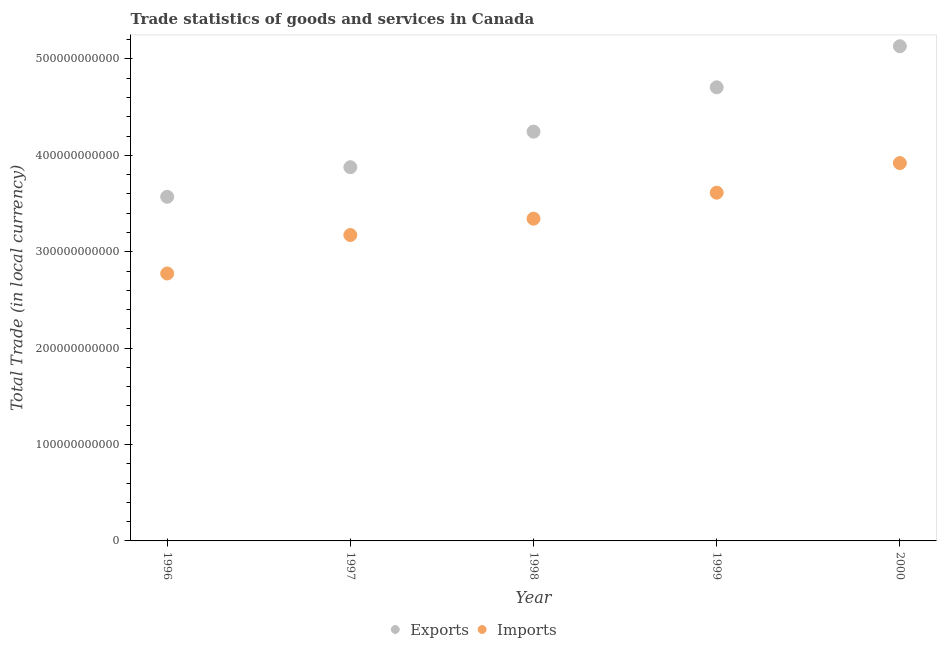
| Year | Exports | Imports |
 | --- | --- | --- |
 | 1996 | 3.57e+11 | 2.77e+11 |
 | 1997 | 3.88e+11 | 3.17e+11 |
 | 1998 | 4.25e+11 | 3.34e+11 |
 | 1999 | 4.71e+11 | 3.61e+11 |
 | 2000 | 5.13e+11 | 3.92e+11 |